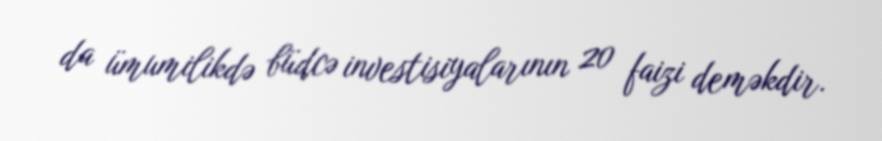
da ümumilikdə büdcə investisiyalarının 20 faizi deməkdir.